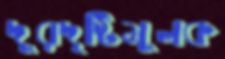
দূরদৃষ্টিমূলক